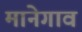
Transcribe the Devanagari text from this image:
मानेगाव